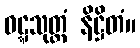
ဝဋ္ဋသုတ္တံ နိဋ္ဌိတံ။